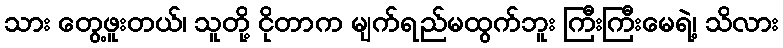
သား တွေ့ဖူးတယ်၊ သူတို့ ငိုတာက မျက်ရည်မထွက်ဘူး ကြီးကြီးမေရဲ့၊ သိလား